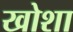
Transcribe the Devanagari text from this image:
खोशा